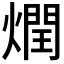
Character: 𰟟